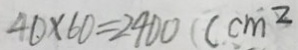
4 0 \times 6 0 = 2 4 0 0 ( c m ^ { 2 }